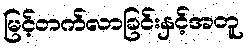
မြင့်တက်လာခြင်းနှင့်အတူ